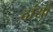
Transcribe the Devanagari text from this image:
दांयाँ